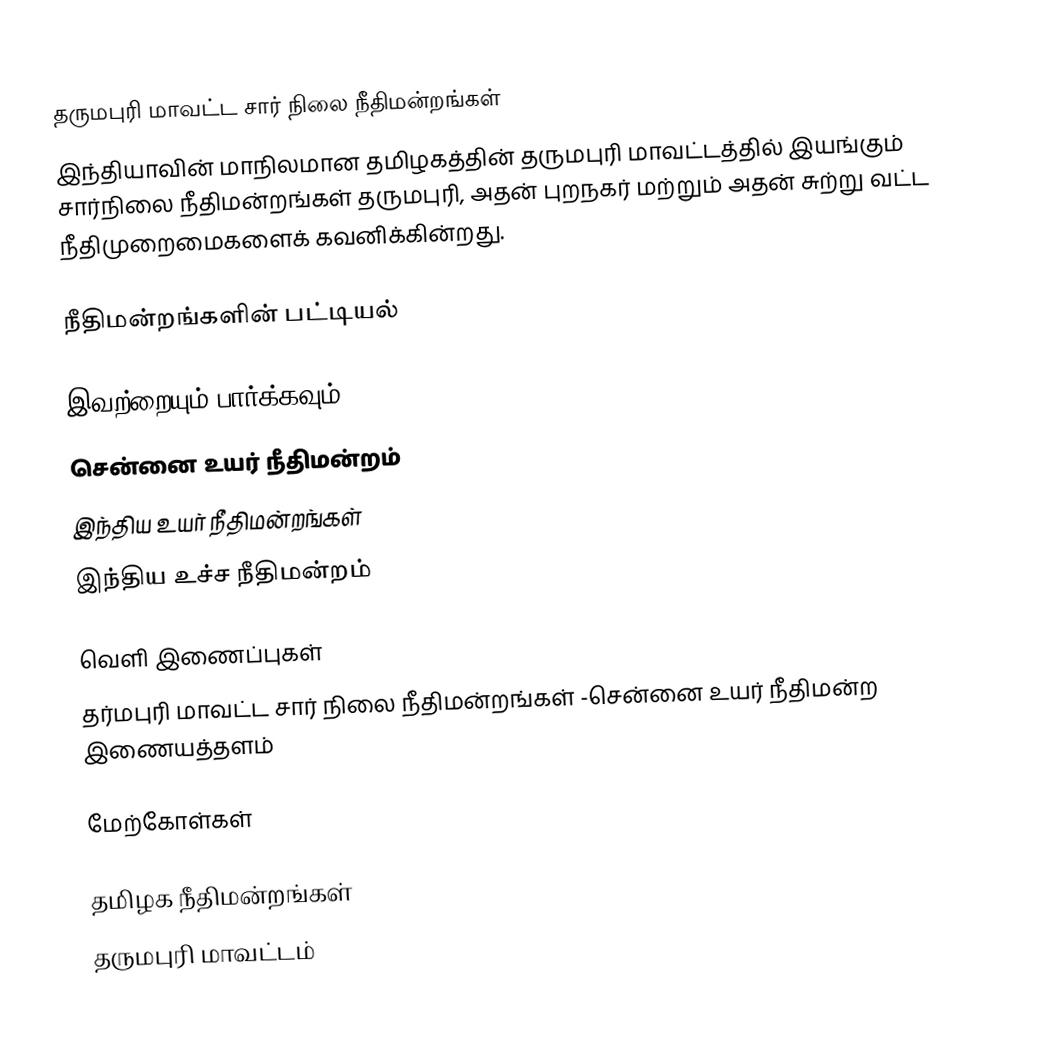
தருமபுரி மாவட்ட சார் நிலை நீதிமன்றங்கள்
இந்தியாவின் மாநிலமான தமிழகத்தின் தருமபுரி மாவட்டத்தில் இயங்கும் சார்நிலை நீதிமன்றங்கள் தருமபுரி, அதன் புறநகர் மற்றும் அதன் சுற்று வட்ட நீதிமுறைமைகளைக் கவனிக்கின்றது.

நீதிமன்றங்களின் பட்டியல்

இவற்றையும் பார்க்கவும்
சென்னை உயர் நீதிமன்றம்
இந்திய உயர் நீதிமன்றங்கள்
இந்திய உச்ச நீதிமன்றம்

வெளி இணைப்புகள்
தர்மபுரி மாவட்ட சார் நிலை நீதிமன்றங்கள் -சென்னை உயர் நீதிமன்ற இணையத்தளம்

மேற்கோள்கள்

தமிழக நீதிமன்றங்கள்
தருமபுரி மாவட்டம்